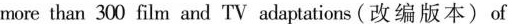
more than 300 film and TV adaptations (改编版本)of